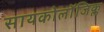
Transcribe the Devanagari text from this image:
सायकोलाॅजिक्ल